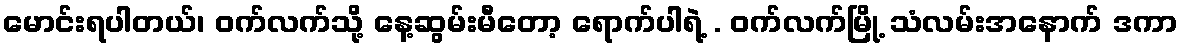
မောင်းရပါတယ်၊ ဝက်လက်သို့ နေ့ဆွမ်းမီတော့ ရောက်ပါရဲ့ . ဝက်လက်မြို့ သံလမ်းအနောက် ဒကာ